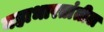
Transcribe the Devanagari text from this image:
महाभारतांतील